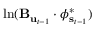
\ln ( \mathbf { B } _ { \mathbf { u } _ { t - 1 } } \cdot \boldsymbol { \phi } _ { \mathbf { s } _ { t - 1 } } ^ { * } )